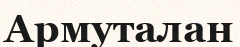
Армуталан